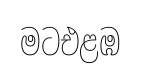
මටඑළඹ